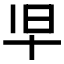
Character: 𫝒